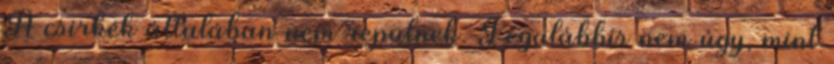
A csirkék általában nem repülnek. Legalábbis nem úgy, mint